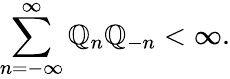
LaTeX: \sum_{n=-\infty}^{\infty}\mathbb{Q}_{n}\mathbb{Q}_{-n}<\infty.